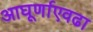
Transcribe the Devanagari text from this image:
आघूर्णाएवढा